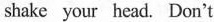
shake your head. Don't